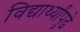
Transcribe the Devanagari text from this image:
विद्यार्थ्यांपुढे